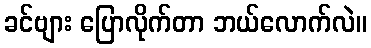
ခင်ဗျား ပြောလိုက်တာ ဘယ်လောက်လဲ။